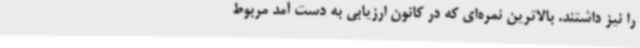
را نیز داشتند. بالاترین نمره‌ای که در کانون ارزیابی به دست آمد مربوط